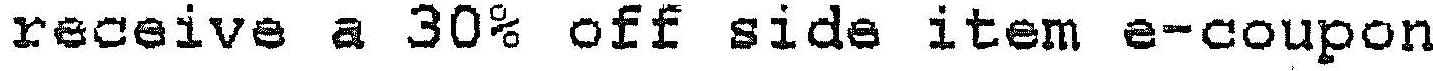
RECEIVE A 30% OFF SIDE ITEM E-COUPON